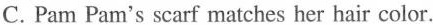
C. Pam Pam's scarf matches her hair color.